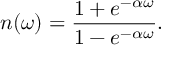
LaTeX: n ( \omega ) = { \frac { 1 + e ^ { - \alpha \omega } } { 1 - e ^ { - \alpha \omega } } } .